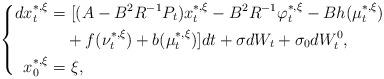
LaTeX: \begin{align*} \left\{ \begin{aligned} dx_t^{*,\xi}=&~[(A-B^2R^{-1}P_t)x_t^{*,\xi}-B^2R^{-1}\varphi_t^{*,\xi}-Bh(\mu_t^{*,\xi})\\&+f(\nu_t^{*,\xi})+b(\mu_t^{*,\xi})]dt+\sigma dW_t+\sigma_0dW^0_t,\\ x_0^{*,\xi}=&~\xi, \end{aligned} \right. \end{align*}